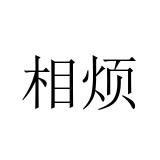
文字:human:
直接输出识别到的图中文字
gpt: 相烦